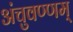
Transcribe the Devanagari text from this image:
अंचुवण्णम्